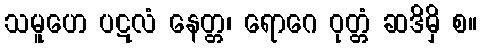
သမူဟေ ပဋလံ နေတ္တ၊ ရောဂေ ဝုတ္တံ ဆဒိမှိ စ။